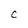
Character: c